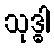
သုဒ္ဓါ